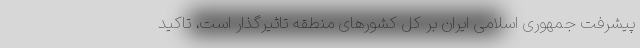
پیشرفت جمهوری اسلامی ایران بر کل کشورهای منطقه تاثیرگذار است، تاکید